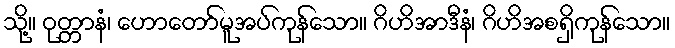
သို့။ ဝုတ္တာနံ၊ ဟောတော်မူအပ်ကုန်သော။ ဂိဟိအာဒီနံ၊ ဂိဟိအစရှိကုန်သော။